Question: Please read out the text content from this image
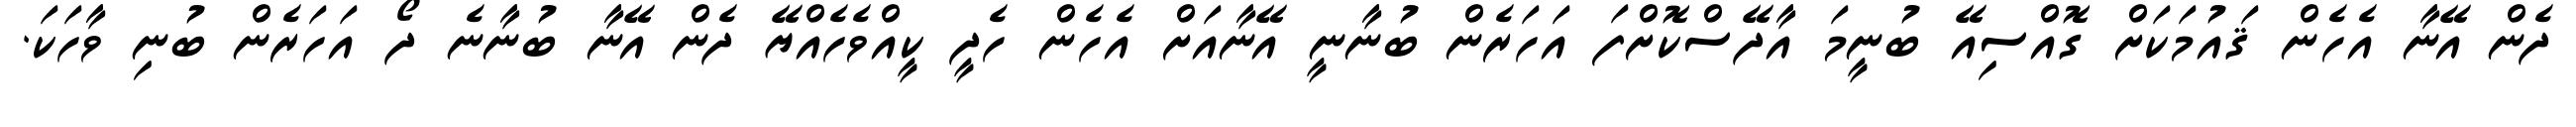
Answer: ދެން އޭނާ އެހެން ޤައުމަކަށް ގޮއްސިއޭ ބުނީމަ އާދޭސްކޮށްފަ އަހަރެން ބުނާނީ އޭނާއަށް އެހެން ހެދީ ކީއްވެހެއްޔޭ ދެން އޭނާ ބުނާނެ ދޯ އަހަރެން ބުނި ވާހަކަ.